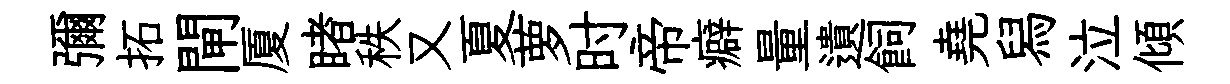
彌拓閘厦睹秩又夏萝时帝癖量遺飼堯舄泣傾